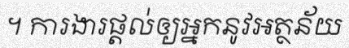
។ ការងារផ្តល់ឲ្យអ្នកនូវអត្ថន័យ